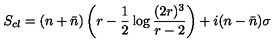
S _ { c l } = ( n + \bar { n } ) \left( r - \frac 1 2 \log \frac { ( 2 r ) ^ { 3 } } { r - 2 } \right) + i ( n - \bar { n } ) \sigma